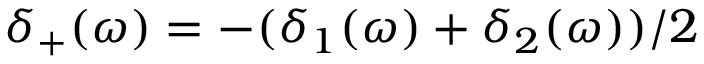
\delta _ { + } ( \omega ) = - ( \delta _ { 1 } ( \omega ) + \delta _ { 2 } ( \omega ) ) / 2